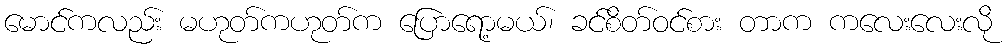
မောင်ကလည်း မဟုတ်ကဟုတ်က ပြောရော့မယ်၊ ခင်စိတ်ဝင်စား တာက ကလေးလေးလို